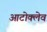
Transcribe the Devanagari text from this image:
आटोक्‍लेव